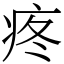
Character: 疼